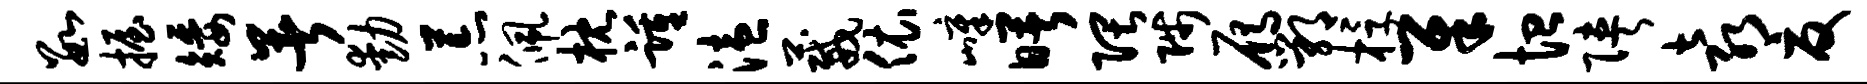
数握矮暑动荒佩枕踵溘葳依嶂曙隈陟雁鄂桴犀恤陕袁夏